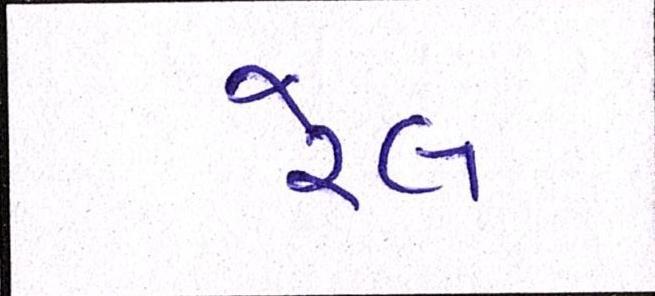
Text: રેલ